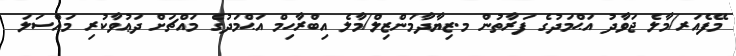
މޭފެއަރ/މާލެ ޖަވާދު އަޙްމަދުގެ ފަރާތުން މ.ޒިޔާދާމަންޒިލް/މާލެ އިބްރާހިމް އަޙްމަދުގެ މައްޗަށް ދަޢުވާކުރި މައްސަލަ